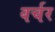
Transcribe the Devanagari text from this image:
वर्चर